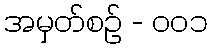
အမှတ်စဥ် - ၀၀၁